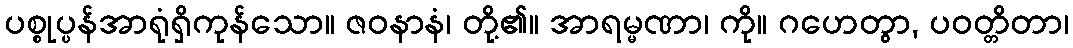
ပစ္စုပ္ပန်အာရုံရှိကုန်သော။ ဇဝနာနံ၊ တို့၏။ အာရမ္မဏာ၊ ကို။ ဂဟေတွာ, ပဝတ္တိတာ၊